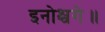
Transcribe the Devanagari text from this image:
इनोश्चगे॥